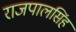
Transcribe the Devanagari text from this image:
राजपालसिंह